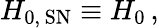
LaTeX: H_{0,\, \mathrm{SN}}\equiv H_{0}\, ,